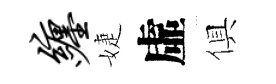
缠婕虛俱